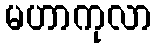
မဟာကုလာ